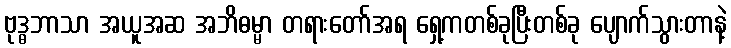
ဗုဒ္ဓဘာသာ အယူအဆ အဘိဓမ္မာ တရားတော်အရ ရှေ့ကတစ်ခုပြီးတစ်ခု ပျောက်သွားတာနဲ့